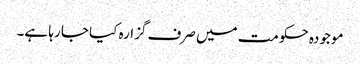
موجودہ حکومت میں صرف گزارہ کیا جا رہا ہے۔